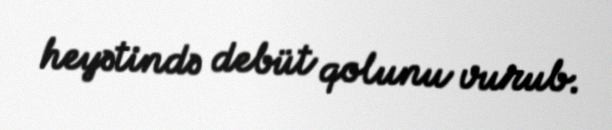
heyətində debüt qolunu vurub.